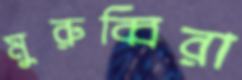
মুরুব্বিরা